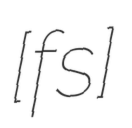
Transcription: [fʁɑ̃s]